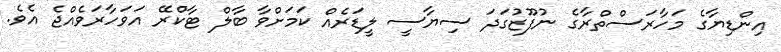
އިންޑިޔާގެ މަހާރަސްތްރާގެ ނުފޫޒުގަދަ ސިޔާސީ ލީޑަރެއް ކަމަށްވާ ބާލް ޓާކްރޭ އަވަހާރަވެއްޖެ އެވެ.